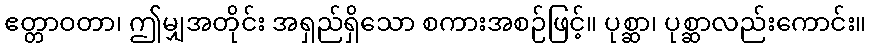
ဧတ္တာဝတာ၊ ဤမျှအတိုင်း အရှည်ရှိသော စကားအစဉ်ဖြင့်။ ပုစ္ဆာ၊ ပုစ္ဆာလည်းကောင်း။